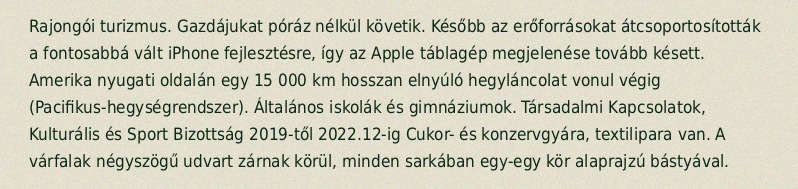
Rajongói turizmus. Gazdájukat póráz nélkül követik. Később az erőforrásokat átcsoportosították a fontosabbá vált iPhone fejlesztésre, így az Apple táblagép megjelenése tovább késett. Amerika nyugati oldalán egy 15 000 km hosszan elnyúló hegyláncolat vonul végig (Pacifikus-hegységrendszer). Általános iskolák és gimnáziumok. Társadalmi Kapcsolatok, Kulturális és Sport Bizottság 2019-től 2022.12-ig Cukor- és konzervgyára, textilipara van. A várfalak négyszögű udvart zárnak körül, minden sarkában egy-egy kör alaprajzú bástyával.